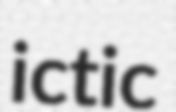
ictic